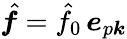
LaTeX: \hat{\boldsymbol{f}}=\hat{f}_{0}\, \boldsymbol{e}_{p\boldsymbol{k}}